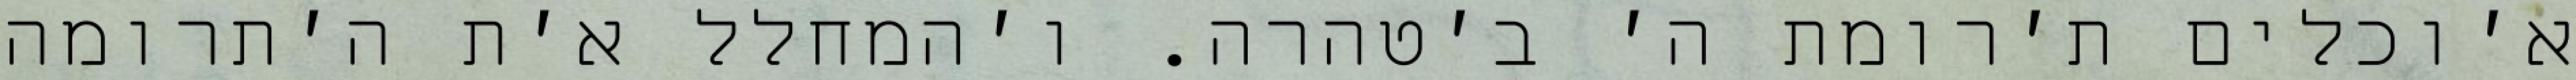
א׳וכלים ת׳רומת ה׳ ב׳טהרה. ו׳המחלל א׳ת ה׳תרומה